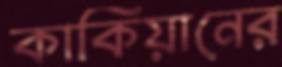
কাকিয়ানের